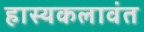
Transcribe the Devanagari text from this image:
हास्यकलावंत